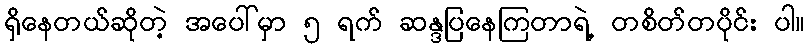
ရှိနေတယ်ဆိုတဲ့ အပေါ်မှာ ၅ ရက် ဆန္ဒပြနေကြတာရဲ့ တစိတ်တပိုင်း ပါ။